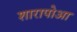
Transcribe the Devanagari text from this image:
शारापोआ